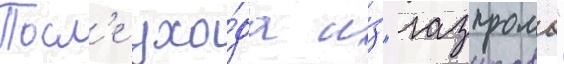
Посл'е ухо́да и́з "газпрома"